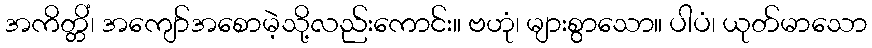
အကိတ္တိံ၊ အကျော်အစောမဲ့သို့လည်းကောင်း။ ဗဟုံ၊ များစွာသော။ ပါပံ၊ ယုတ်မာသော